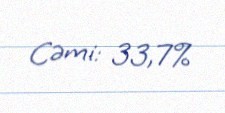
Cəmi: 33,7%